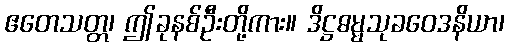
ဧတေသတ္တ၊ ဤခုနစ်ဦးတို့ကား။ ဒိဋ္ဌဓမ္မသုခဝေဒနိယာ၊